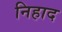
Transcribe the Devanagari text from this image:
निहाद